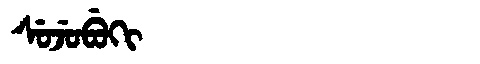
Manchu: ᠰᡠᠵᡠᠪᡠᡴᡳ
Romanization: SUJUBUKI